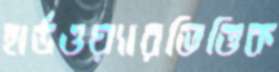
হার্ডওয়্যারভিত্তিক